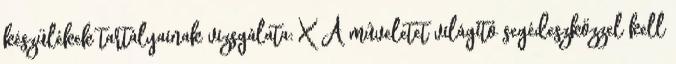
készülékek tartályainak vizsgálata: X A mûveletet világító segédeszközzel kell